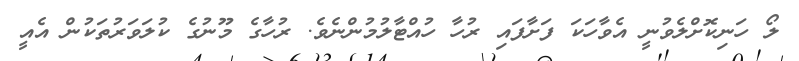
ލޯ ހަނިކޮށްލެވުނީ އެވާހަކަ ފަށާފައި ރުހާ ހުއްޓާލުމުންނެވެ. ރުހާގެ މޫނުގެ ކުލަވަރުތަކުން އެއީ